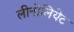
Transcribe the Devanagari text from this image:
लीनोलियेट